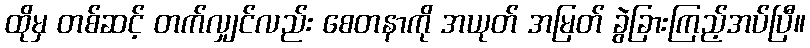
ထိုမှ တစ်ဆင့် တက်လျှင်လည်း စေတနာကို အယုတ် အမြတ် ခွဲခြားကြည့်အပ်ပြီ။